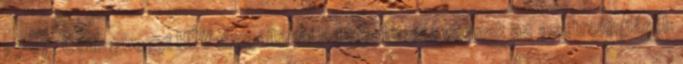
15-17. Csillaghegyi HÉV megállónál Ha kérdéseid vannak az asztrológiáról: